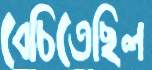
বেচিতেছিল